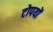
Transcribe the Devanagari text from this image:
टोपयों